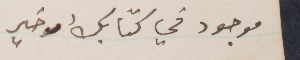
موجود في كتابك الأخير